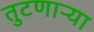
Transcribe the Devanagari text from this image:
तुटणाऱ्या